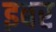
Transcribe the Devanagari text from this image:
इबर